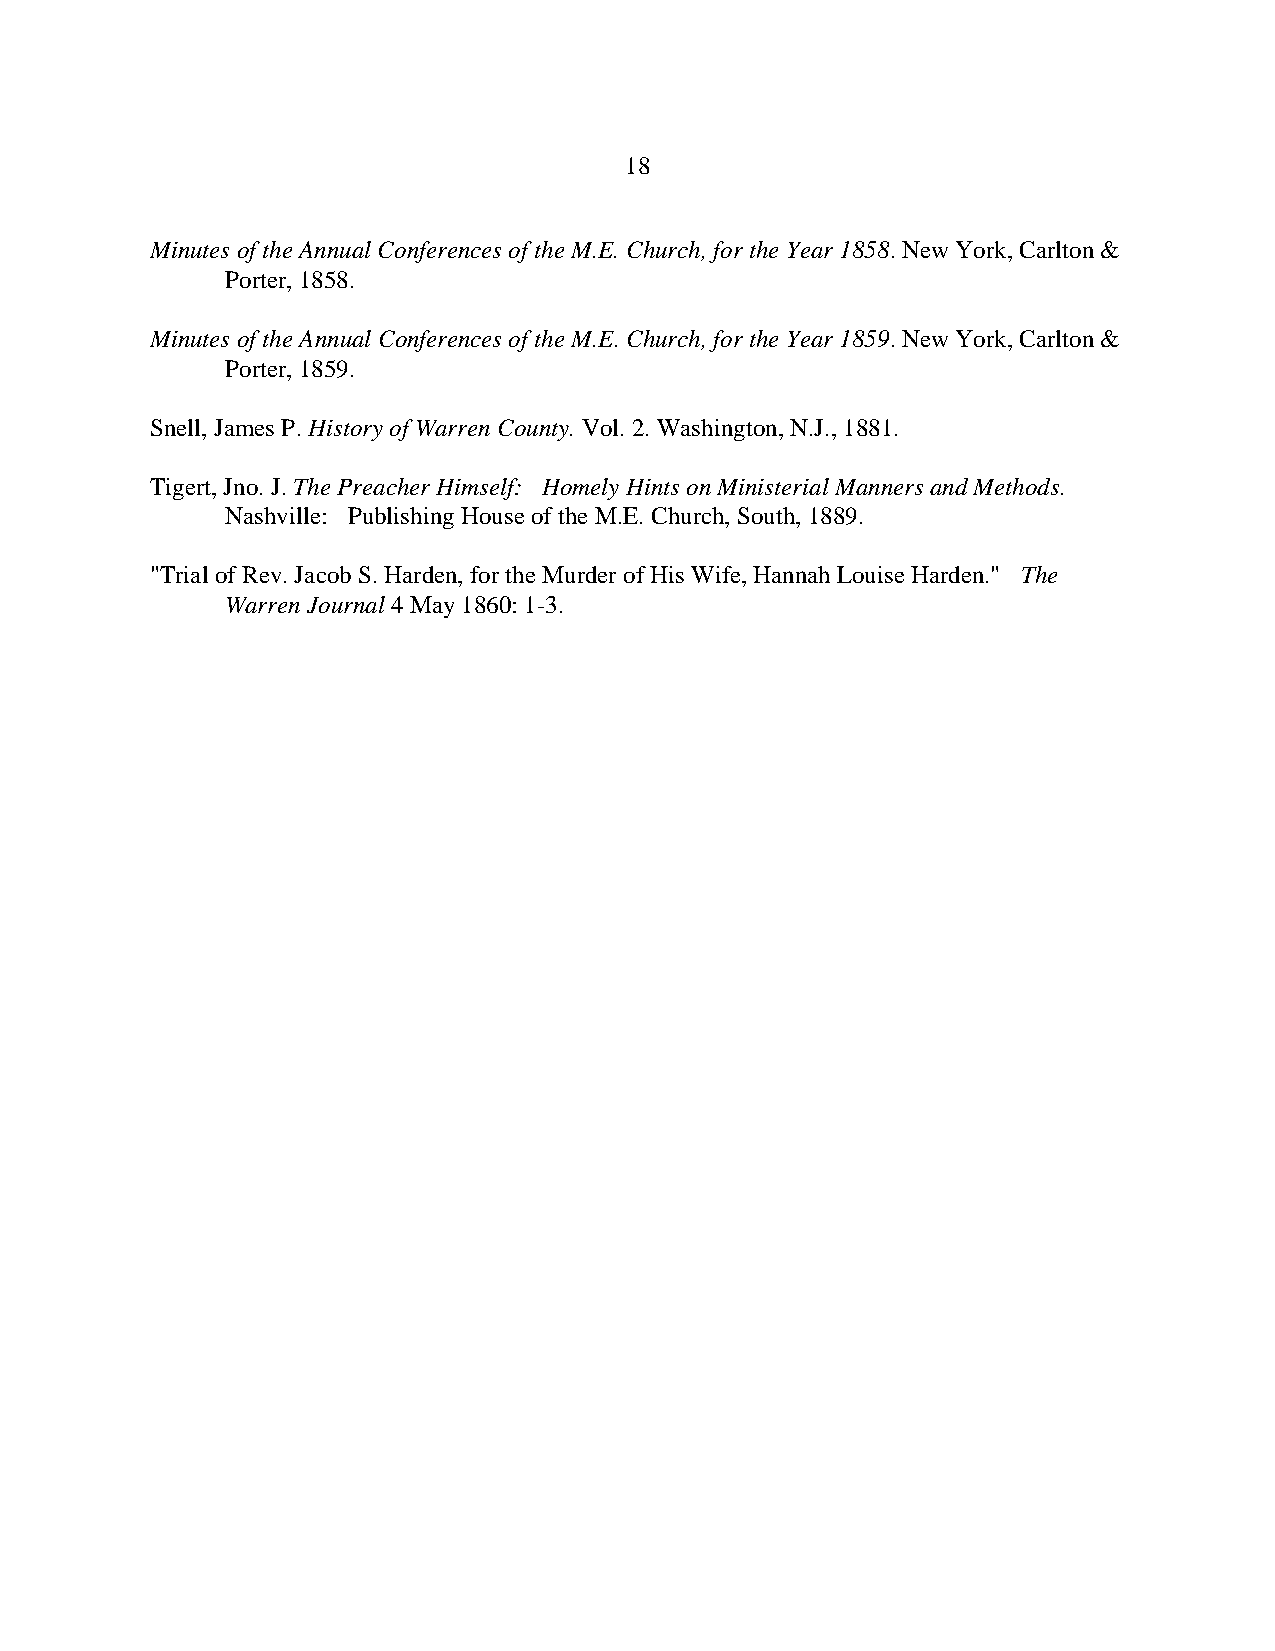
18
 Minutes of the Annual Conferences of the M.E. Church, for the Year 1858. New York, Carlton &
 Porter, 1858.
 Minutes of the Annual Conferences of the M.E. Church, for the Year 1859. New York, Carlton &
 Porter, 1859.
 Snell, James P. History of Warren County. Vol. 2. Washington, N.J., 1881.
 Tigert, Jno. J. The Preacher Himself: Homely Hints on Ministerial Manners and Methods.
 Nashville: Publishing House of the M.E. Church, South, 1889.
 "Trial of Rev. Jacob S. Harden, for the Murder of His Wife, Hannah Louise Harden." The
 Warren Journal 4 May 1860: 1-3.